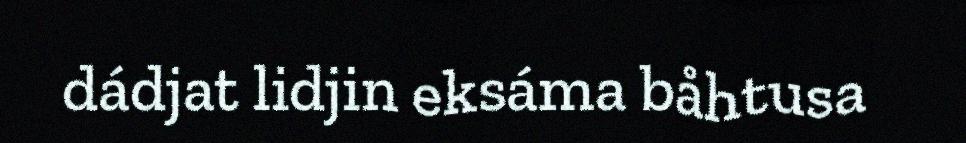
dádjat lidjin eksáma båhtusa